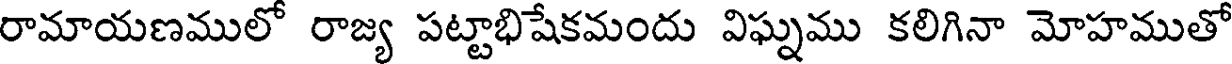
రామాయణములో రాజ్య పట్టాభిషేకమందు విఘ్నము కలిగినా మోహముతో